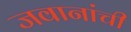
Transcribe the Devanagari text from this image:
जवानांची